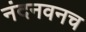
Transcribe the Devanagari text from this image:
नंदनवनच